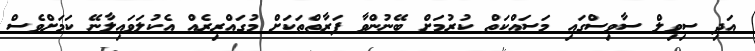
އަދި ސިވިލް ސާވިސްގައި މަސައްކަތް ކުރުމަށް ބޭނުންވާ ފަރާތްތަކަށް މުގައްރިރެއް އެކުލަވައިލާނޭ ކަމަށްވެސް